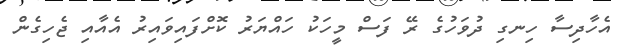
އެހާދިސާ ހިނގި ދުވަހުގެ ރޭ ފަސް މީހަކު ހައްޔަރު ކޮށްފައިވައިރު އެއާއި ޖެހިގެން